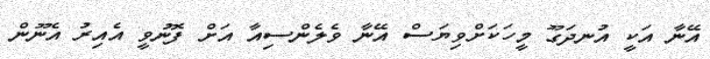
އޭނާ އަކީ އުނދަގޫ މީހަކަށްވިޔަސް އޭނާ ވެލެންސިއާ އަށް ފޮނުވީ އެއިރު އެނޫން